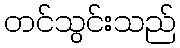
တင်သွင်းသည်